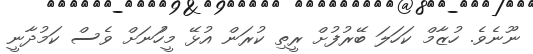
ނޫނެވެ. ހުޒާމް ކަހަލަ ބޭރުފުށް ރީތި ކުރަން އުޅޭ މީހުަނަށް ވެސް ކަމުދާނީ